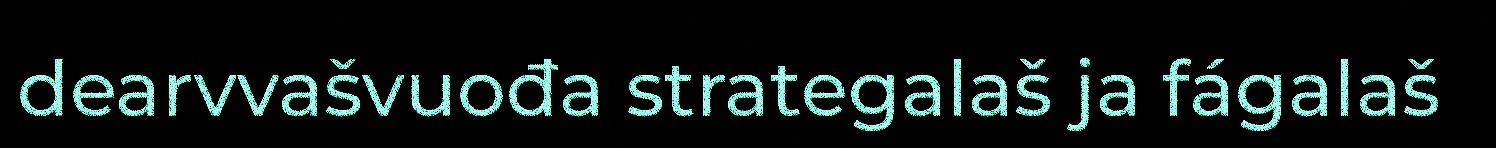
dearvvašvuođa strategalaš ja fágalaš